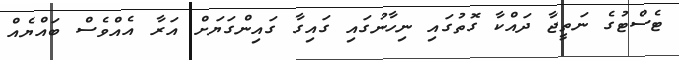
ޓެސްޓުގެ ނަތީޖާ ދައްކާ ގޮތުގައި ނިހާނުގައި ގައިގާ ގައިންގަޔަށް އަރާ އެއްވެސް ބައްޔެއް